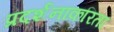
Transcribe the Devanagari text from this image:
प्रदर्शनाकरिता